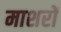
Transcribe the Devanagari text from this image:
माशरों